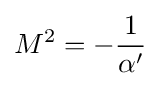
M^{2}=-{\frac {1}{\alpha '}}